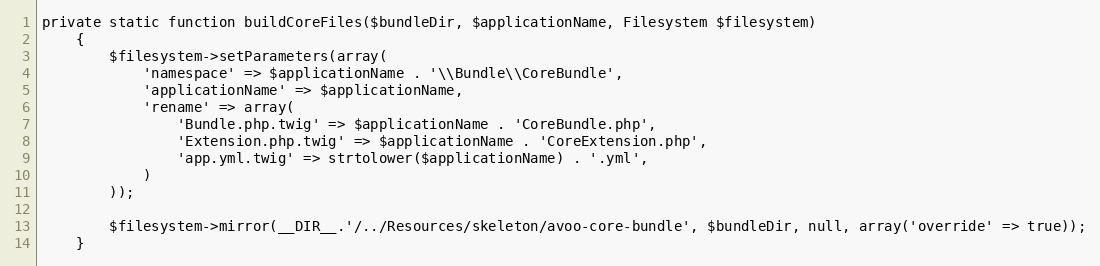
Language: PHP
private static function buildCoreFiles($bundleDir, $applicationName, Filesystem $filesystem)
    {
        $filesystem->setParameters(array(
            'namespace' => $applicationName . '\\Bundle\\CoreBundle',
            'applicationName' => $applicationName,
            'rename' => array(
                'Bundle.php.twig' => $applicationName . 'CoreBundle.php',
                'Extension.php.twig' => $applicationName . 'CoreExtension.php',
                'app.yml.twig' => strtolower($applicationName) . '.yml',
            )
        ));

        $filesystem->mirror(__DIR__.'/../Resources/skeleton/avoo-core-bundle', $bundleDir, null, array('override' => true));
    }